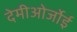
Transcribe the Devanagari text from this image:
देमीओर्जोई